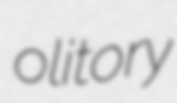
olitory